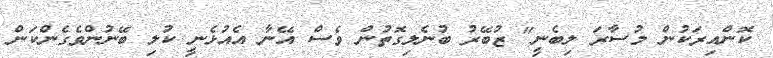
ކޮންއިރަކުން މުސާރަ ލިބެނީ" ޒުބޭރު ބުނެލިގޮތުން ވެސް އޭނާ އެއުޅެނީ ކުލި ބޭނުންވެގެންކަން